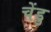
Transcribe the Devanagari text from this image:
चेंडु